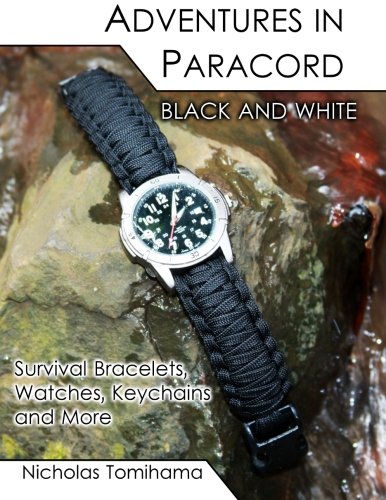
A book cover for Adventures in Paracord Black and White: Survival Bracelets, Watches, Keychains and More; Nicholas Tomihama; Crafts, Hobbies & Home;